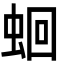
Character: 蛔